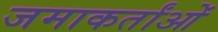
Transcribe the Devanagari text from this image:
जमाकर्तांओं